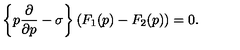
\left\{ p \frac { \partial } { \partial p } - \sigma \right\} \left( F _ { 1 } ( p ) - F _ { 2 } ( p ) \right) = 0 .